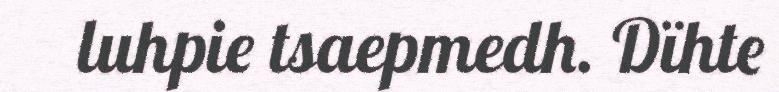
luhpie tsaepmedh. Dïhte